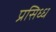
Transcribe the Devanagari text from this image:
प्रसिध्‍ध